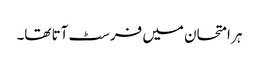
ہر امتحان میں فرسٹ آتا تھا۔